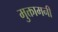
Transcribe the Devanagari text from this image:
मुक्तामनी